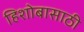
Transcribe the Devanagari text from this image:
हिशोबासाठी